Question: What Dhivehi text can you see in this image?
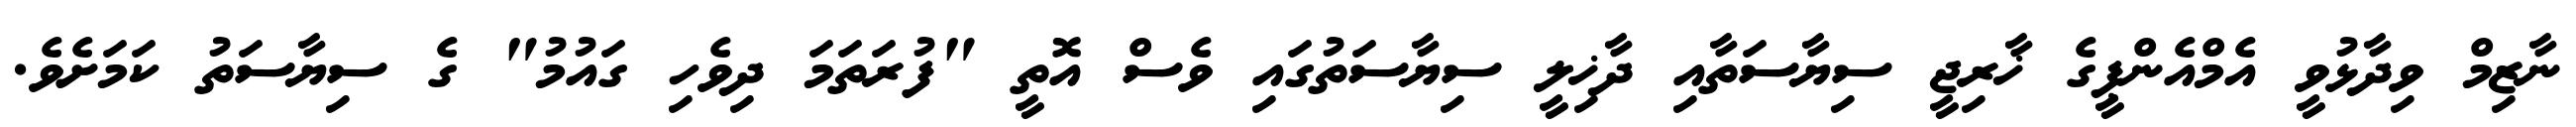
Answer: ނާޒިމް ވިދާޅުވީ އެމްއެންޕީގެ ޚާރިޖީ ސިޔާސަތާއި ދާޚިލީ ސިޔާސަތުގައި ވެސް އޮތީ "ފުރަތަމަ ދިވެހި ގައުމު" ގެ ސިޔާސަތު ކަމަށެވެ.